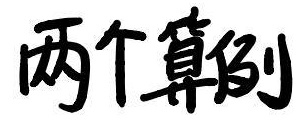
两个算倒